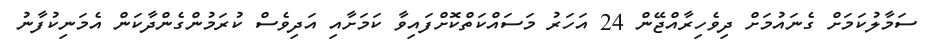
ސަމާލުކަމަށް ގެނައުމަށް ދިވެހިރާއްޖޭން 24 އަހަރު މަސައްކަތްކޮށްފައިވާ ކަމަށާއި އަދިވެސް ކުރަމުންގެންދާކަން އެމަނިކުފާނު